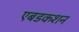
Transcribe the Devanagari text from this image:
एबडकशन